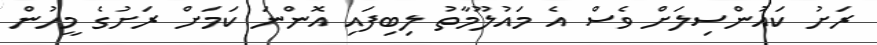
ރަށު ކައުންސިލަށް ވެސް އެ މައުލޫމާތު ލިބިފައި އޮންނަ ކަމަށް ރަށުގެ މީހުން